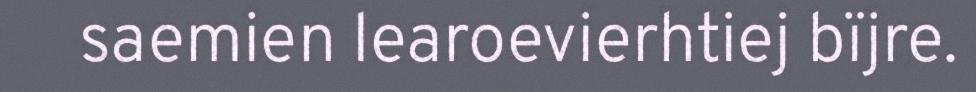
saemien learoevierhtiej bïjre.